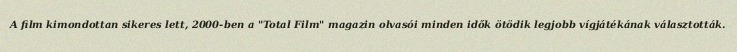
A film kimondottan sikeres lett, 2000-ben a "Total Film" magazin olvasói minden idők ötödik legjobb vígjátékának választották.